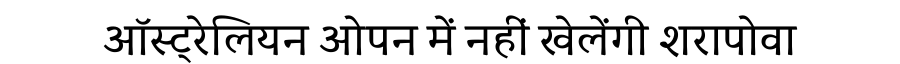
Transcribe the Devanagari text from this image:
ऑस्ट्रेलियन ओपन में नहीं खेलेंगी शरापोवा